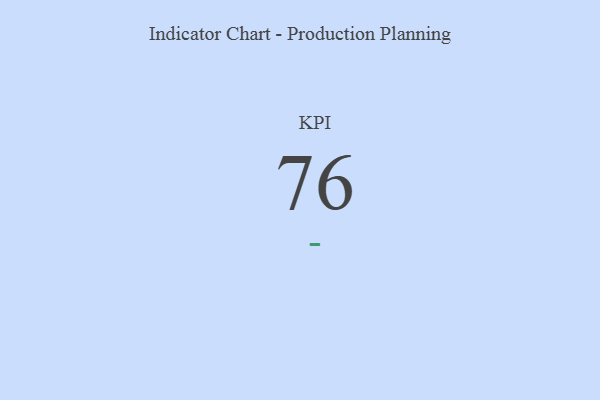
{"axis": {"x": "KPI", "y": "Value"}, "legend": [""], "data": [{"x": "KPI", "y": 76, "type": ""}]}